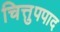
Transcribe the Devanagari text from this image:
चित्तुपपाद